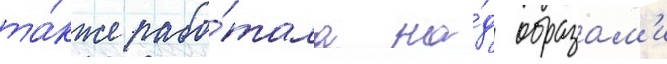
та́кже рабо́тала на́д образам'и